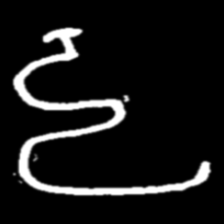
Pyu character \u2014 Myanmar letter: ဠ (romanized: lla)